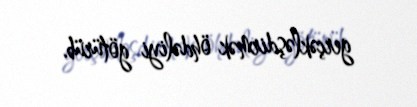
gerçəkləşdirmək öhdəliyi götürüb.